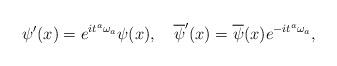
LaTeX: \begin{align*}{\psi}'(x)=e^{i{t}^a{\omega}_a}{\psi}(x),\ \ \ \overline{\psi}'(x)=\overline{\psi}(x)e^{-i{t}^a{\omega}_a},\end{align*}